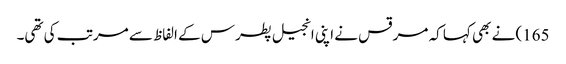
165) نے بھی کہا کہ مرقس نے اپنی انجیل پطرس کے الفاظ سے مرتب کی تھی۔